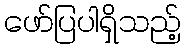
ဖော်ပြပါရှိသည့်